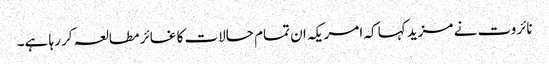
نائروت نے مزید کہا کہ امریکہ ان تمام حالات کا غائر مطالعہ کر رہا ہے۔